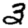
Digit: 3